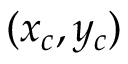
( x _ { c } , y _ { c } )